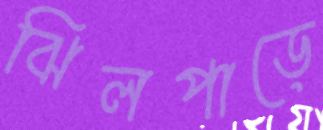
ঝিলপাড়ে